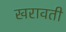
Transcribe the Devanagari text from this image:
खरावती